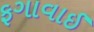
ફગાવાઈ